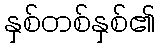
နှစ်တစ်နှစ်၏